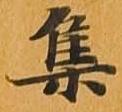
集